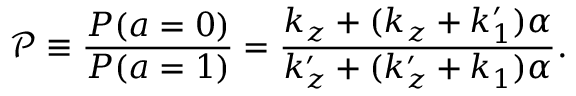
\mathcal { P } \equiv \frac { P ( a = 0 ) } { P ( a = 1 ) } = \frac { k _ { z } + ( k _ { z } + k _ { 1 } ^ { \prime } ) \alpha } { k _ { z } ^ { \prime } + ( k _ { z } ^ { \prime } + k _ { 1 } ) \alpha } .